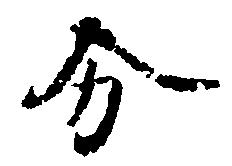
分